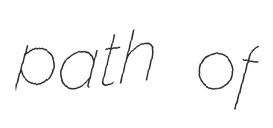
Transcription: path of